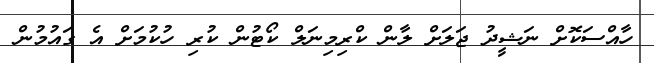
ހާއްސަކޮށް ނަޝީދު ޖަލަށް ލާން ކްރިމިނަލް ކޯޓުން ކުރި ހުކުމަށް އެ ގައުމުން